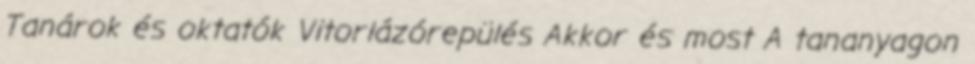
Tanárok és oktatók Vitorlázórepülés Akkor és most A tananyagon